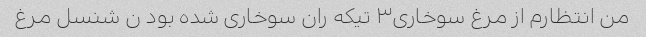
من انتظارم از مرغ سوخاری۳ تیکه ران سوخاری شده بود ن شنسل مرغ